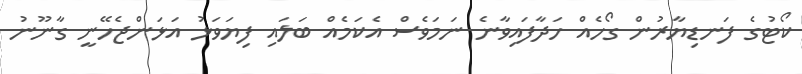
ކޯޓުގެ ފަނޑިޔާރުން ގޯހެއް ހަދާފައިވާނެ ނަމަވެސް އެކަމެއް ބަލައި ފިޔަވަޅު އަޅަންޖެހޭނީ ގާނޫނު